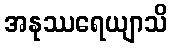
အနုဿရေယျာသိ